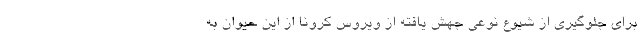
برای جلوگیری از شیوع نوعی جهش یافته از ویروس کرونا از این حیوان به